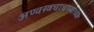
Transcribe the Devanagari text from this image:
अण्वस्त्रचाचण्यांच्या